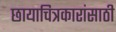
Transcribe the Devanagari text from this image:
छायाचित्रकारांसाठी